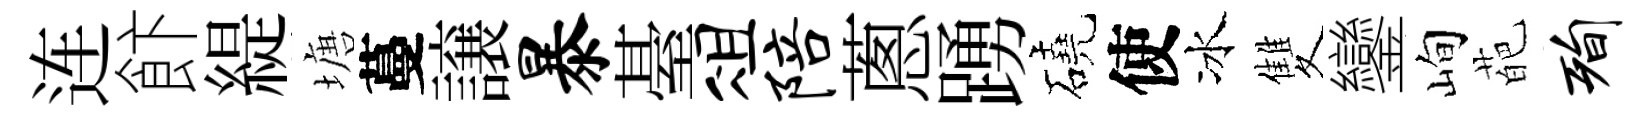
连飰緹塘蔓譲暴䑓俎陪蔥踴磽使冰雙鑾峋葩洵